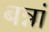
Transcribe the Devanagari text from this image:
बन्नां